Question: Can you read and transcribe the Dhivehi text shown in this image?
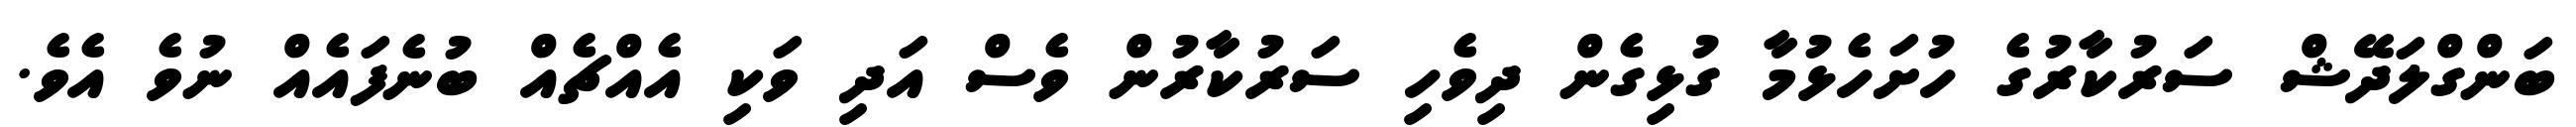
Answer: ބަންގްލަދޭޝް ސަރުކާރުގެ ހުށަހެޅުމާ ގުޅިގެން ދިވެހި ސަރުކާރުން ވެސް އަދި ވަކި އެއްޗެއް ބުނެފައެއް ނުވެ އެވެ.